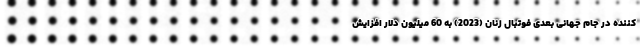
کننده در جام جهانی بعدی فوتبال زنان (2023) به 60 میلیون دلار افزایش